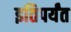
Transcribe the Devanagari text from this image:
इतिपर्यंत